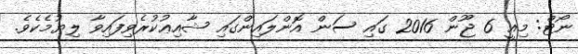
ނޯޓް: މިއީ 6 ޖޫން 2016 ގައި ސަން އޮންލައިންގައި ޝާއިޢުކުރެވިފައިވާ ލިޔުމެކެވެ.